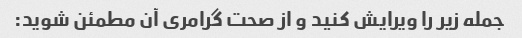
جمله زیر را ویرایش کنید و از صحت گرامری آن مطمئن شوید: